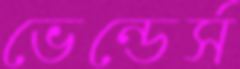
ভেন্ডের্স